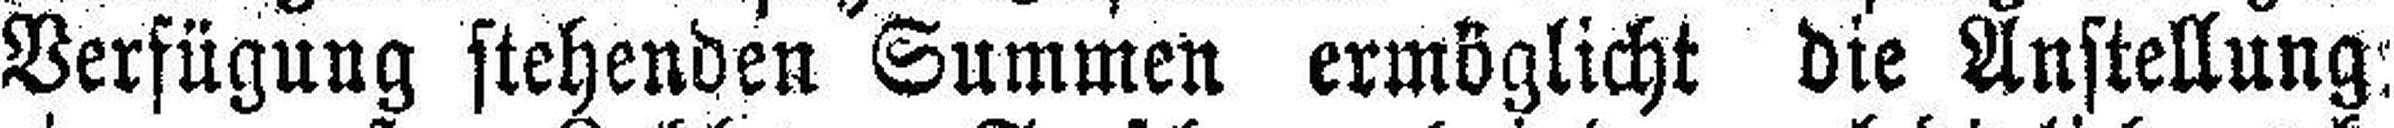
Verfügung stehenden Summen ermöglicht die Anstellung